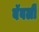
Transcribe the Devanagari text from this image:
बॅवर्ली